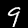
Digit: 9